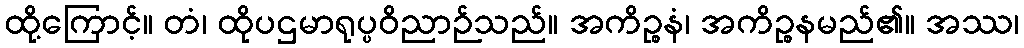
ထို့ကြောင့်။ တံ၊ ထိုပဌမာရုပ္ပဝိညာဉ်သည်။ အကိဉ္စနံ၊ အကိဉ္စနမည်၏။ အဿ၊